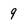
Character: 9